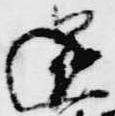
還